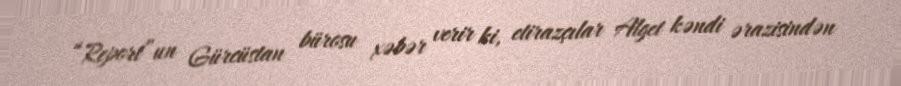
“Report”un Gürcüstan bürosu xəbər verir ki, etirazçılar Alget kəndi ərazisindən